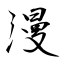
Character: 漫